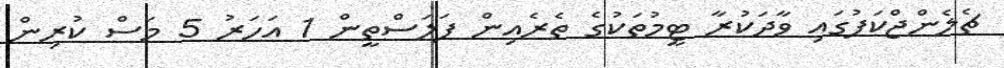
ޗެލެންޖްކަޕުގައި ވާދަކުރާ ޓީމުތަކުގެ ތެރެއިން ފަލަސްތީން 1 އަހަރު 5 މަސް ކުރިން